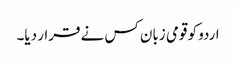
اردو کو قومی زبان کس نے قرار دیا۔